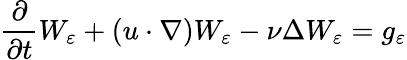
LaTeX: \frac{\partial}{\partial t}W_{\varepsilon}+(u\cdot\nabla)W_{\varepsilon}-\nu\Delta W_{\varepsilon}=g_{\varepsilon}